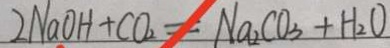
2 N a O H + C O _ { 2 } = N a _ { 2 } C O _ { 3 } + H _ { 2 } O